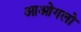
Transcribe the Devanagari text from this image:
आओगलो